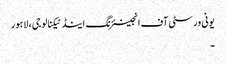
یونی ورسٹی آف انجینئرنگ اینڈ ٹیکنالوجی ، لاہور
۔